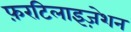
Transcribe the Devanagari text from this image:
फ़रटिलाइज़ेशन